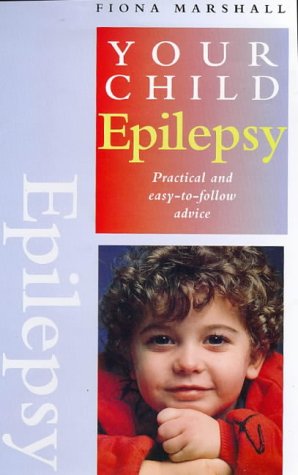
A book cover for Your Child: Epilepsy; Fiona Marshall; Health, Fitness & Dieting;